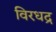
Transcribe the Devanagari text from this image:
विरधद्र